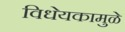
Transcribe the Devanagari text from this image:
विधेयकामुळे